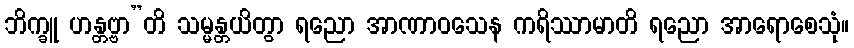
ဘိက္ခူ ဟန္တဗ္ဗာ”တိ သမ္မန္တယိတွာ ရညော အာဏာဝသေန ကရိဿာမာတိ ရညော အာရောစေသုံ။